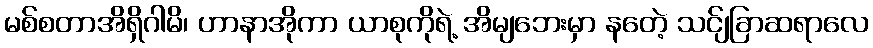
မစ်စတာအိရှိဂါမိ၊ ဟာနာအိုကာ ယာစုကိုရဲ့ အိမျဘေးမှာ နတေဲ့ သင်ျခြာဆရာလေ